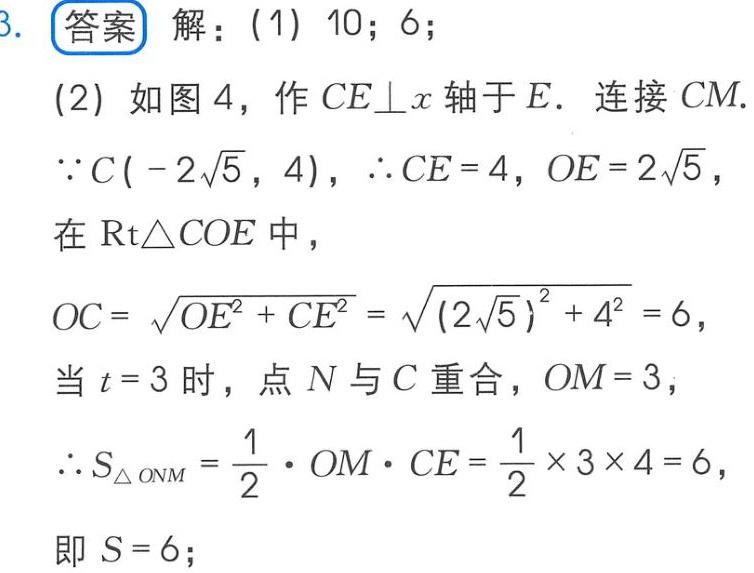
3. 答案 解：(1) 10; 6;
(2) 如图 4，作 \(CE\perp x\) 轴于 \(E\). 连接 \(CM\).
\(\because C(-2\sqrt{5},4)\)，\(\therefore CE = 4\)，\(OE = 2\sqrt{5}\)，
在 \(\text{Rt}\triangle COE\) 中，
\(OC=\sqrt{OE^{2}+CE^{2}}=\sqrt{(2\sqrt{5})^{2}+4^{2}} = 6\)，
当 \(t = 3\) 时，点 \(N\) 与 \(C\) 重合，\(OM = 3\)，
\(\therefore S_{\triangle ONM}=\frac{1}{2}\cdot OM\cdot CE=\frac{1}{2}\times3\times4 = 6\)，
即 \(S = 6\);